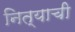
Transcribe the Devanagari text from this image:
नित्याची